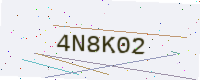
Text: 4N8K02